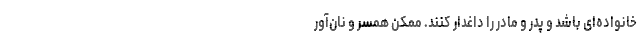
خانواده‌ای باشد و پدر و مادر را داغدار ‌کنند. ممکن همسر و نان‌آور